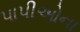
પાપીઓના